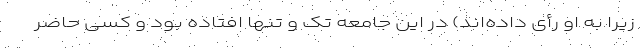
زیرا به او رأی داده‌اند) در این جامعه تک و تنها افتاده بود و کسی حاضر